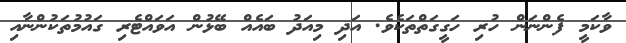
ވާކަމީ ފެންނަން ހުރި ހަގީގަތްތަކެވެ. އަދި މިއަދު ބައެއް ބޭޅުން އަވައްޓެރި ގައުމުތަކުންނާއި